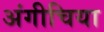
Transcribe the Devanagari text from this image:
अंगीचिया